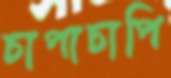
চাপাচাপি